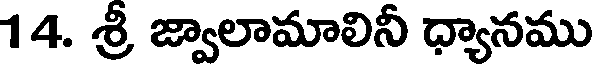
14. శ్రీ జ్వాలామాలినీ ధ్యానము